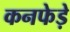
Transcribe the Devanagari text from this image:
कनफेड़े